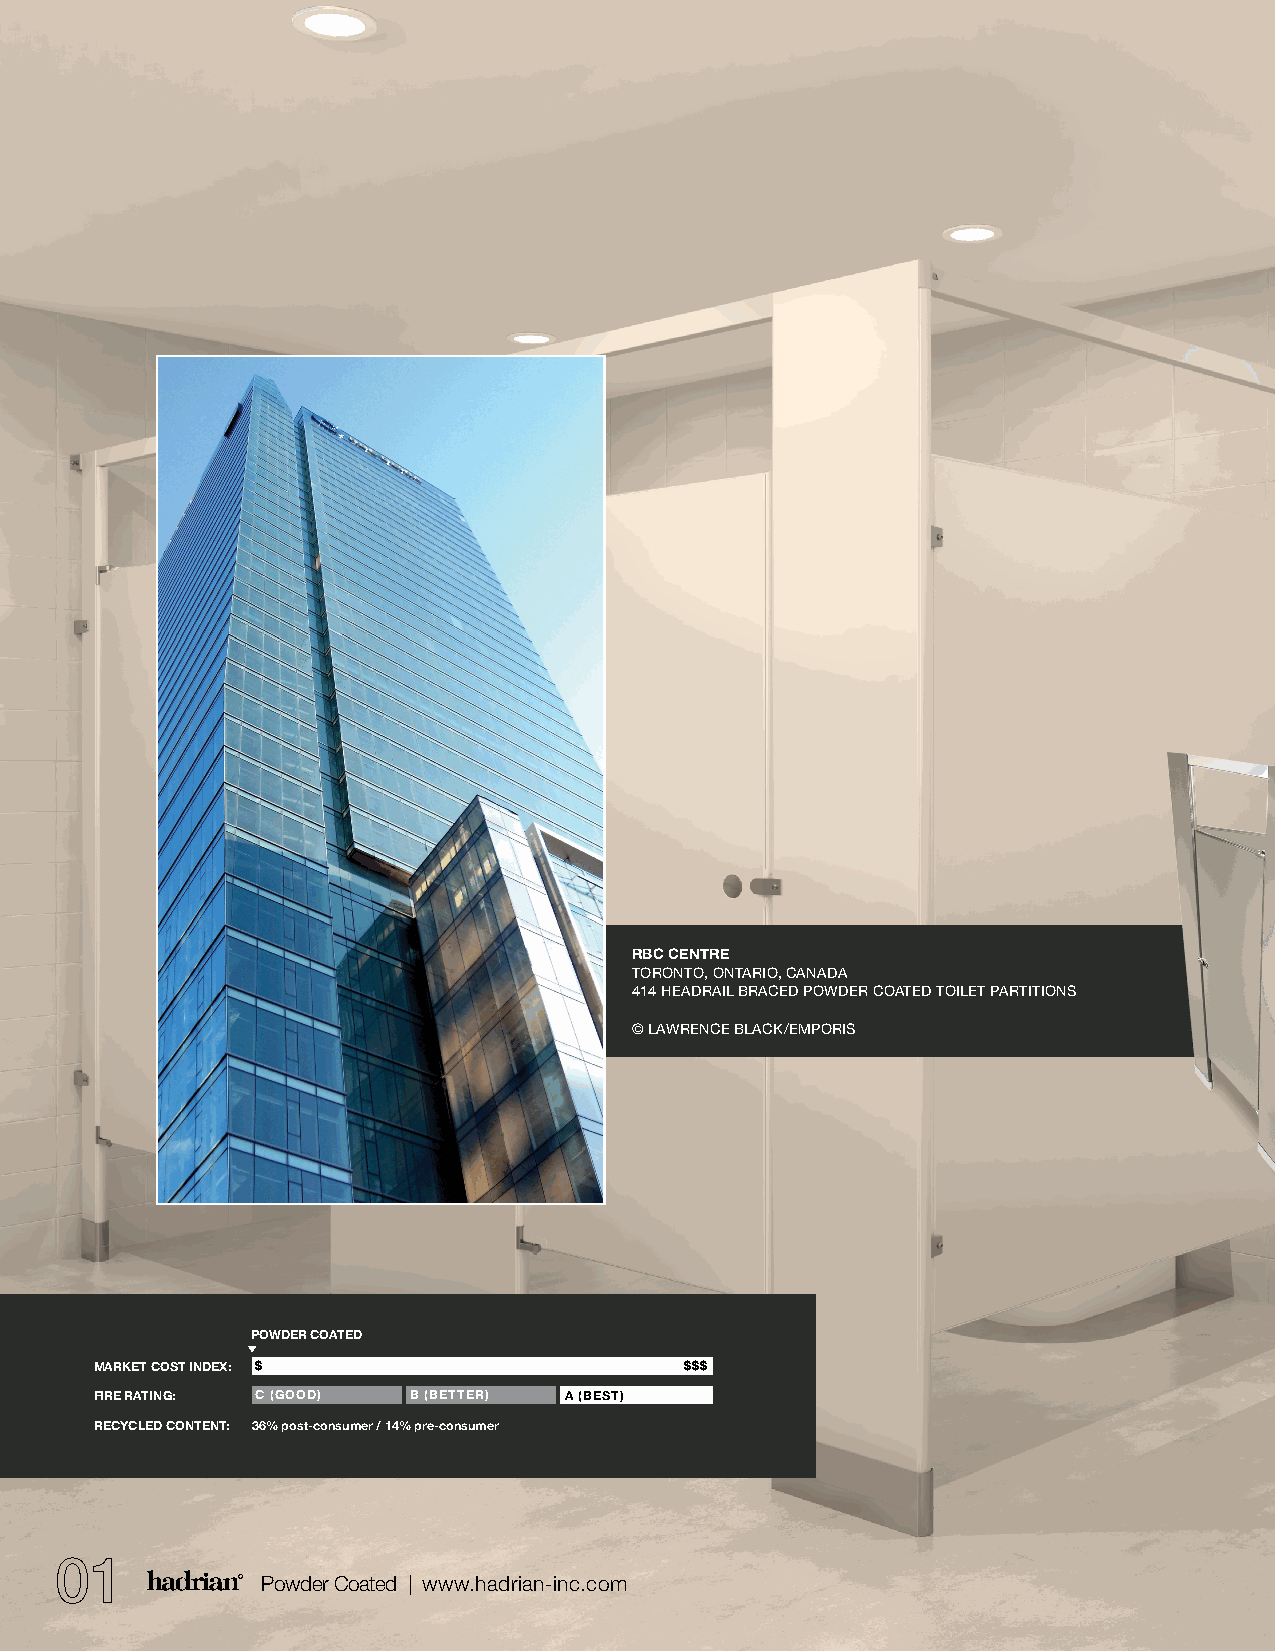
RBC CENTRE
 TORONTO, ONTARIO, CANADA
 414 HEADRAIL BRACED POWDER COATED TOILET PARTITIONS
 © LAWRENCE BLACK/EMPORIS
 POWDER COATED
 MARKET COST INDEX: $                   $$$
 FIRE RATING: C (GOOD) B (BETTER) A (BEST)
 RECYCLED CONTENT: 36% post-consumer / 14% pre-consumer
 01
 Powder Coated | www.hadrian-inc.com